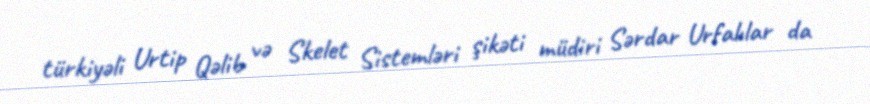
türkiyəli Urtip Qəlib və Skelet Sistemləri şikəti müdiri Sərdar Urfalılar da